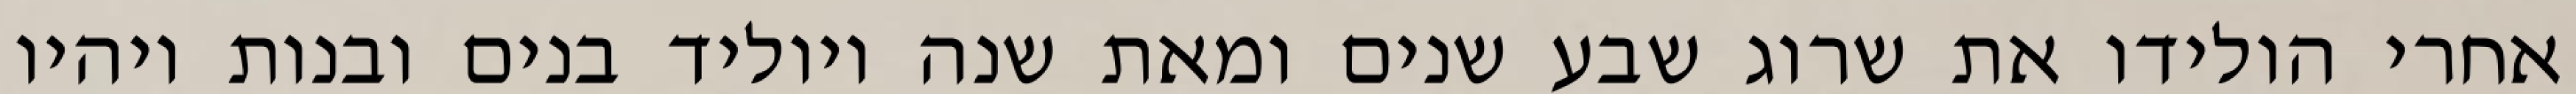
אחרי הולידו את שרוג שבע שנים ומאת שנה ויוליד בנים ובנות ויהיו